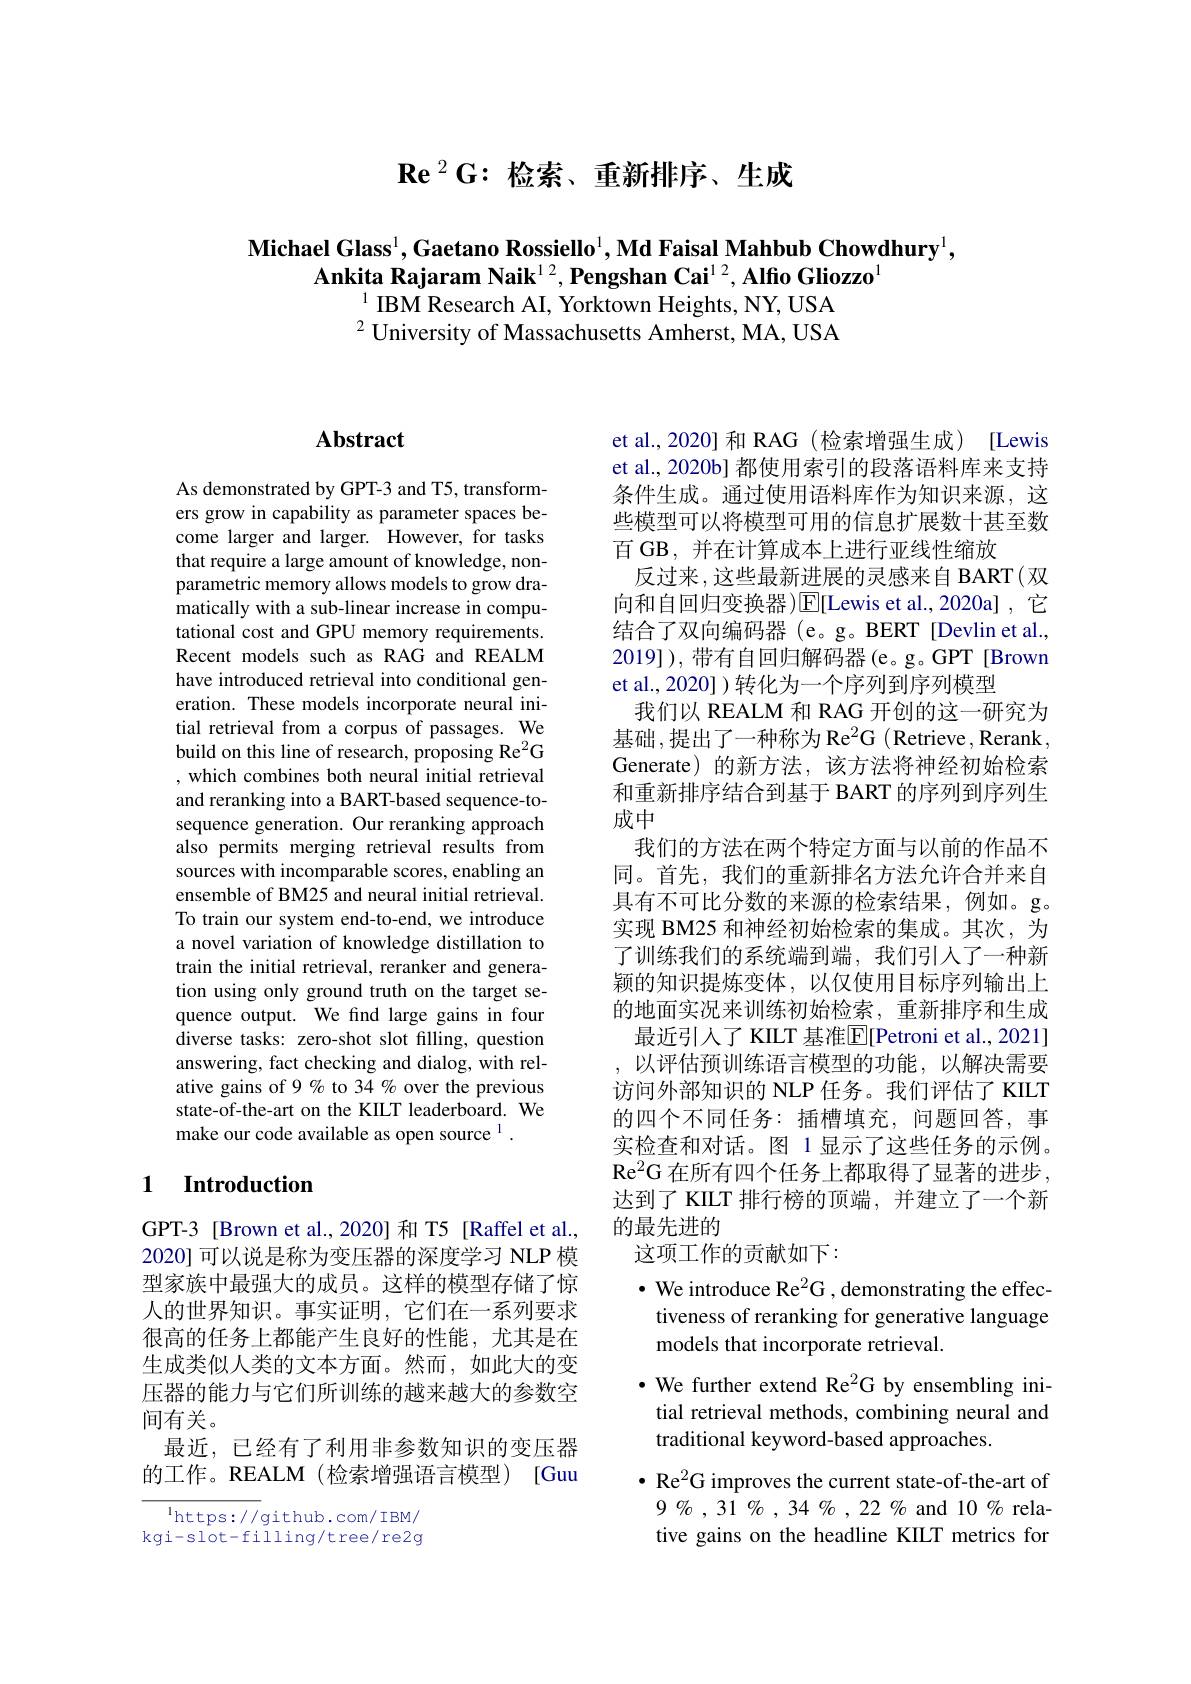
$\mathbf{Re}^2\mathbf{G}{:}$检索、重新排序、生成

$\textbf{Michael Glass}^1,\textbf{Gaetano Rossiello}^1,\textbf{Md Faisal Mahbub Chowdhury}^1$,
Ankita Rajaram Naik$^{12},\textbf{Pengshan Cai}^{1/2},\textbf{Alfio Gliozzo}^{1}$
$^{1}$ IBM Research AI, Yorktown Heights, NY, USA $^{2}$ University of Massachusetts Amherst, MA, USA

## Abstract

As demonstrated by GPT-3 and T5, transformers grow in capability as parameter spaces become larger and larger. However, for tasks that require a large amount of knowledge, nonparametric memory allows models to grow dramatically with a sub-linear increase in computational cost and GPU memory requirements. Recent models such as RAG and REALM have introduced retrieval into conditional generation. These models incorporate neural initial retrieval from a corpus of passages. We build on this line of research, proposing Re$^2$G , which combines both neural initial retrieval and reranking into a BART-based sequence-tosequence generation. Our reranking approach also permits merging retrieval results from sources with incomparable scores, enabling an ensemble of BM25 and neural initial retrieval. To train our system end-to-end, we introduce a novel variation of knowledge distillation to train the initial retrieval, reranker and generation using only ground truth on the target sequence output. We find large gains in four $\hat{\text{diverse tasks: zero-shot slot filling, question}}$ answering, fact checking and dialog, with relative gains of 9% to 34 % over the previous state-of-the-art on the KIILT leaderboard. We make our code available as open source 1 .

## 1 Introduction

GPT-3 [Brown et al.,2020] 和 T5 [Raffel et al., 2020] 可以说是称为变压器的深度学习 NLP 模型家族中最强大的成员。这样的模型存储了惊人的世界知识。事实证明，它们在一系列要求很高的任务上都能产生良好的性能，尤其是在生成类似人类的文本方面。然而，如此大的变压器的能力与它们所训练的越来越大的参数空间有关。
最近，已经有了利用非参数知识的变压器的工作。REALM (检索增强语言模型) [Guu

$\operatorname*{l}_{\mathrm{https://github.com/IBM/}}$ kgi-slot-filling/tree/re2g

et al., 2020] 和 RAG (检索增强生成) [Lewis et al., 2020b] 都使用索引的段落语料库来支持条件生成。通过使用语料库作为知识来源，这些模型可以将模型可用的信息扩展数十甚至数百 GB, 并在计算成本上进行亚线性缩放
反过来，这些最新进展的灵感来自 BART(双向和自回归变换器)$\overline{\mathrm{E}}[$Lewis et al.,2020a] ,它结合了双向编码器 (e。g。BERT [Devlin et al., 2019]), 带有自回归解码器(e。g。GPT [Brown et al., 2020] )转化为一个序列到序列模型
我们以 REALM 和 RAG 开创的这一研究为基础，提出了一种称为 Re$^2$G (Retrieve, Rerank, Generate)的新方法，该方法将神经初始检索和重新排序结合到基于 BART 的序列到序列生成中
我们的方法在两个特定方面与以前的作品不同。首先，我们的重新排名方法允许合并来自具有不可比分数的来源的检索结果，例如。g。实现 BM25 和神经初始检索的集成。其次，为了训练我们的系统端到端，我们引人了一种新颖的知识提炼变体，以仅使用目标序列输出上的地面实况来训练初始检索，重新排序和生成
最近引入了 KILT 基准E[Petroni et al., 2021] ,以评估预训练语言模型的功能，以解决需要访问外部知识的 NLP 任务。我们评估了 KILT 的四个不同任务：插槽填充，问题回答，事实检查和对话。图 1显示了这些任务的示例。$\mathrm{Re}^{2}$G 在所有四个任务上都取得了显著的进步， 达到了 KIILT 排行榜的顶端，并建立了一个新的最先进的
这项工作的贡献如下：
$\bullet$ We introduce Re$^2$G , demonstrating the effectiveness of reranking for generative language models that incorporate retrieval.
$\bullet$ We further extend Re$^2$G by ensembling initial retrieval methods, combining neural and traditional keyword-based approaches.
$\bullet$ Re$^2$G improves the current state-of-the-art of $9\%,31\%,34\%,22\%$ and $10\%$ relative gains on the headline KILT metrics for